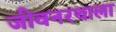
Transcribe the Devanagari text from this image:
जीवनरथाला